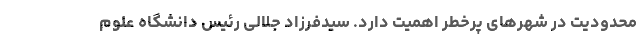
محدودیت در شهر‌های پرخطر اهمیت دارد. سیدفرزاد جلالی رئیس دانشگاه علوم